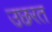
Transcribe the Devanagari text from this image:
उछरत